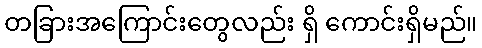
တခြားအကြောင်းတွေလည်း ရှိ ကောင်းရှိမည်။